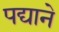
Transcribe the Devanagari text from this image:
पद्याने